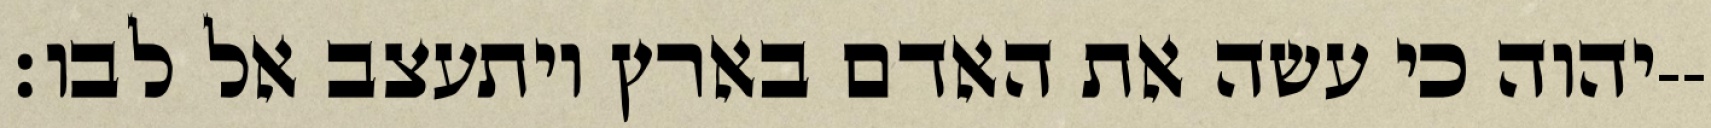
יהוה כי עשה את האדם בארץ ויתעצב אל לבו׃--